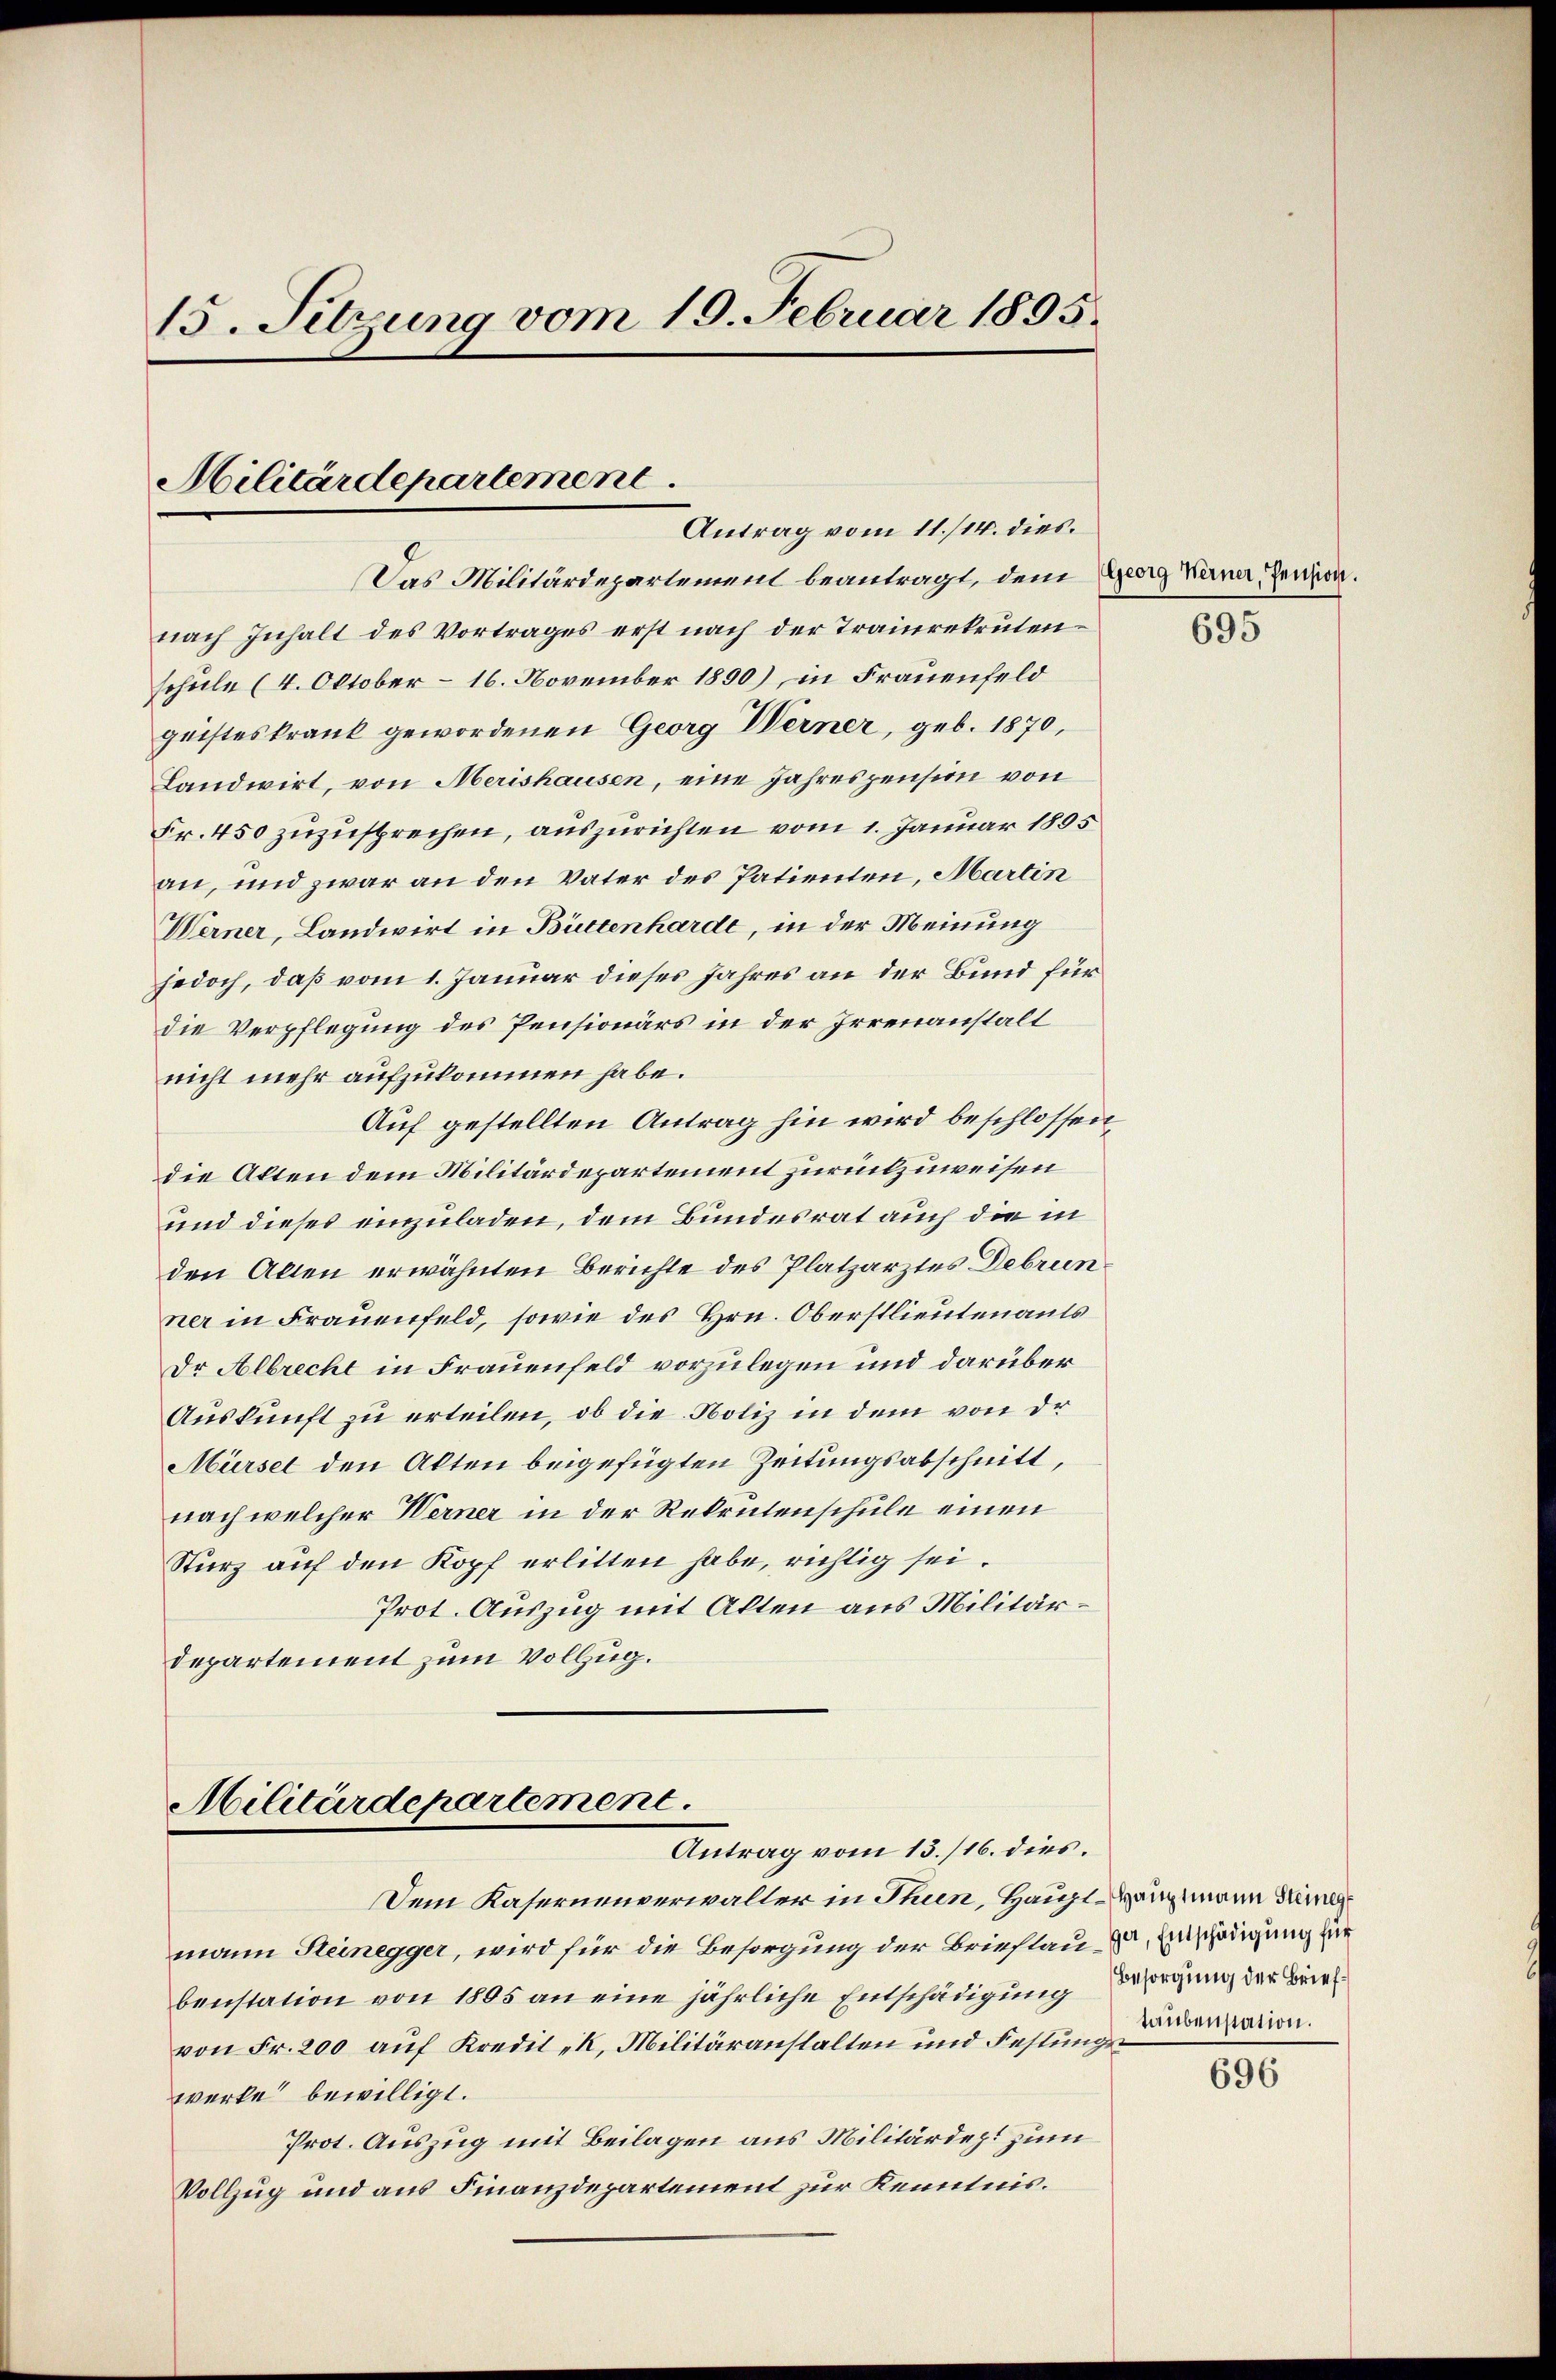
15. Setzung vom 19. Februar 1895.

nach Inhalt des Vortrages erst nach der Trainrekrutenschule (4. Oktober – 16. November 1890), in Frauenfeld
geisteskrank gewordenen Georg Werner, geb. 1870,
Landwirt, von Merishausen, eine Jahrespension von
Fr. 450 zuzusprechen, auszurichten vom 1. Januar 1895
an, und zwar an den Vater des Patienten, Martin
Werner, Landwirt in Bittenharde, in der Meinung
jedoch, daß vom 1. Januar dieses Jahres an der Bund für
die Verpflegung des Pensionärs in der Irrenanstalt
nicht mehr aufzukommen habe.
Auf gestellten Antrag hin wird beschlossen,
die Akten dem Militärdepartement zurückzuweisen
und dieses einzuladen, dem Bundesrat auch die in
den Allen erwähnten Berichte des Platzarztes Debrun
ner in Frauenfeld, sowie des Hrn. Oberstlieutenants
Dr Albrecht in Frauenfeld vorzulegen und darüber
Auskunft zu erteilen, ob die Poliz in dem von der
Mürsel den Akten beigefügten Zeitungsabschnitt,
nach welcher Werner in der Rekrutenschule einen
Sturz auf den Kopf erlitten habe, richtig sei.
Prot. Auszug mit Alten aus Militärdepartement zum Vollzug.

Militärdepartement
Antrag vom 11./14. dies.

Militärdepartement
Antrag vom 13./16. dies.

Dem Kasernenverwalter in Thun, Haupt-Hangmann Kin
mann Steinegger, wird für die Besorgung der Brieflau zu. Einschädigung für
benstation von 1805 an eine jährliche Entschädigung
von Fr. 200 auf Kredit k. Militäranstalten und Festung deration.
werke bewilligt.
Prot. Auszug mit Beilagen aus Militärdept zum
Vollzug und aus Finanzdepartement zur Kenntnis.

Das Militärdepartement beantragt, dem Georg Verner, Pension.

695

Besorgung der Brief¬

696